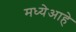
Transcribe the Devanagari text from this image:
मध्येआहे